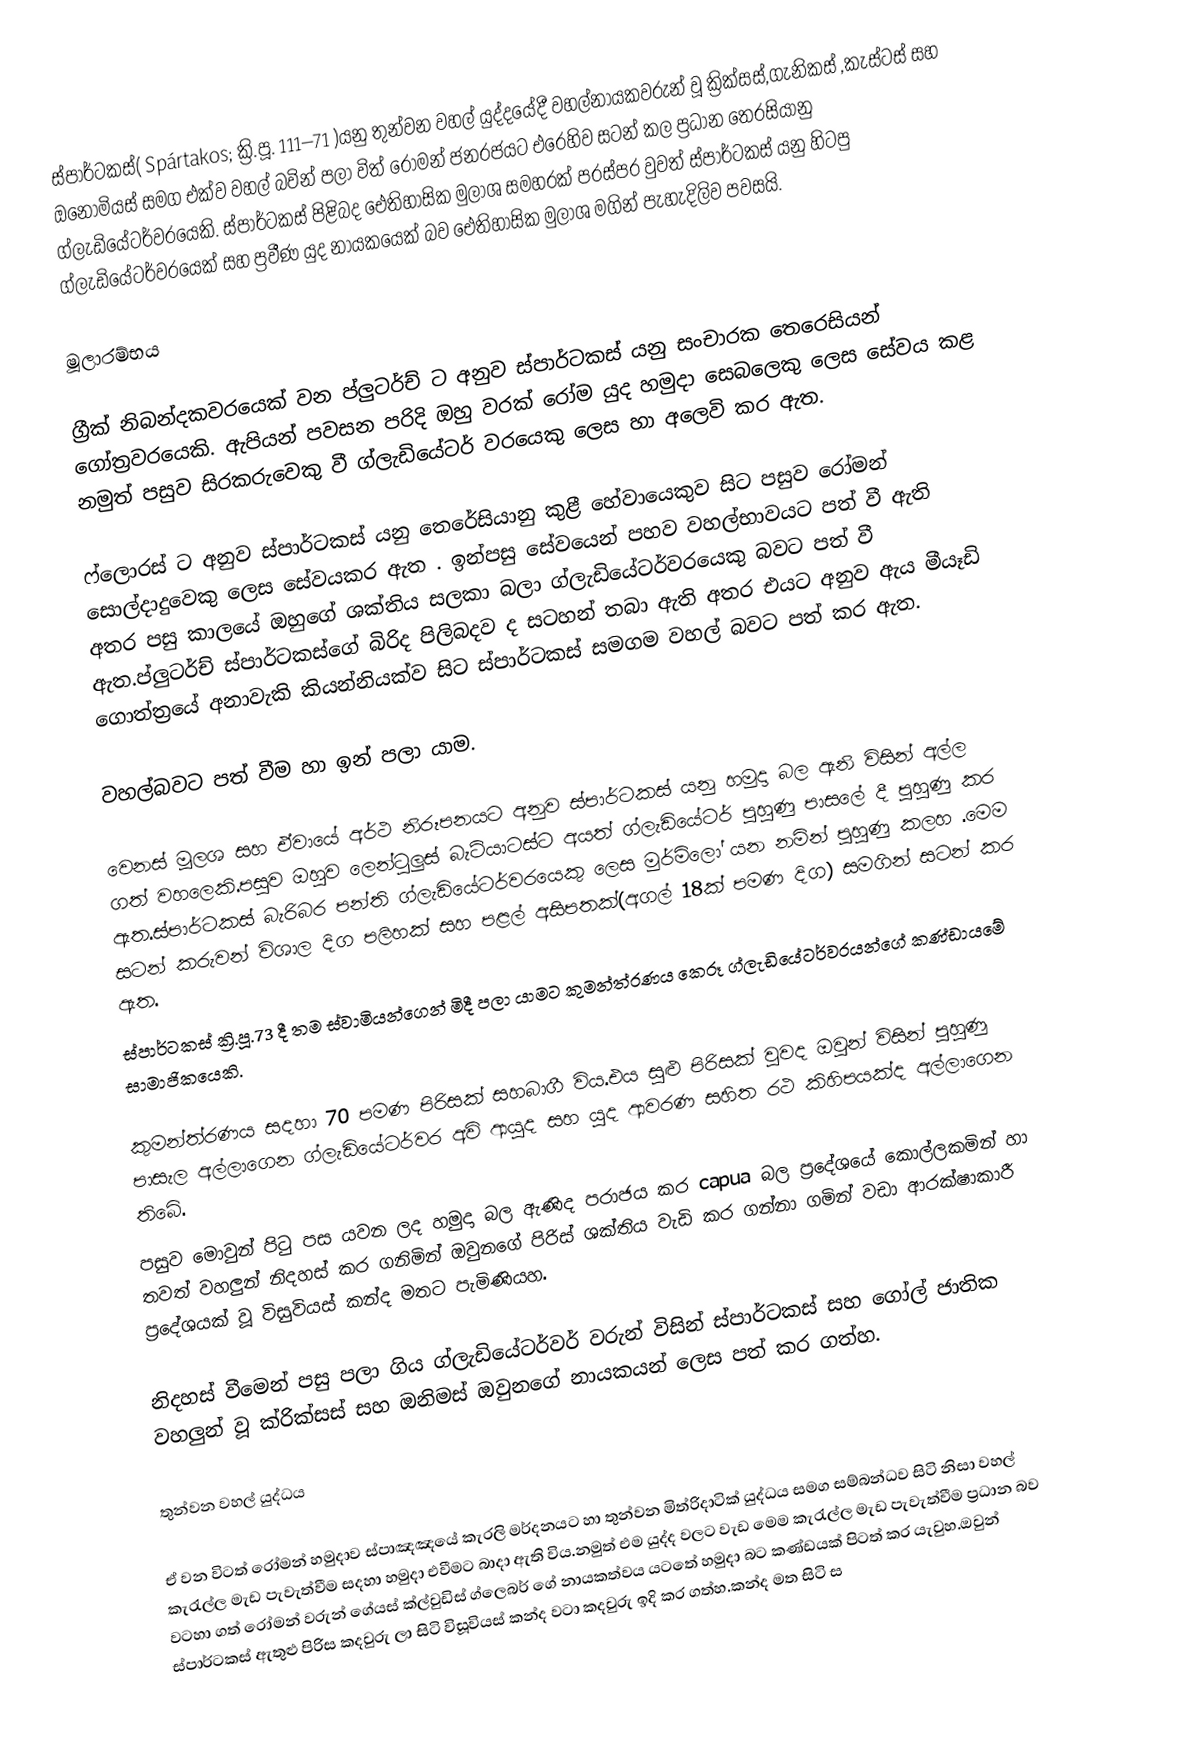
ස්පාර්ටකස්( Spártakos;   ක්‍රි.පූ. 111–71 )යනු  තුන්වන වහල් යුද්දයේදී  වහල්නායකවරුන් වූ ක්‍රික්සස්,ගැනිකස් ,කැස්ටස් සහ ඔනොමියස් සමග එක්ව වහල් බවින් පලා විත්  රෝමන් ජනරජයට එරෙහිව සටන් කල ප්‍රධාන තෙරසියානු ග්ලැඩියේටර්වරයෙකි. ස්පාර්ටකස් පිළිබද ඓතිහාසික මුලාශ සමහරක් පරස්පර වුවත් ස්පාර්ටකස් යනු හිටපු ග්ලැඩියේටර්වරයෙක් සහ ප්‍රවීණ යුද නායකයෙක් බව ඓතිහාසික මුලාශ මගින්  පැහැදිලිව පවසයි.

මූලාරම්භය

ග්‍රීක් නිබන්දකවරයෙක් වන ප්ලුටර්ච් ට අනුව ස්පාර්ටකස් යනු සංචාරක තෙරෙසියන් ගෝත්‍රවරයෙකි. ඇපියන් පවසන පරිදි ඔහු වරක් රෝම යුද හමුදා සෙබලෙකු ලෙස සේවය කළ නමුත් පසුව  සිරකරුවෙකු වී ග්ලැඩියේටර් වරයෙකු ලෙස හා අලෙවි කර ඇත. 

ෆ්ලොරස් ට අනුව ස්පාර්ටකස් යනු තෙරේසියානු කුළී හේවායෙකුව සිට පසුව රෝමන් සොල්දාදුවෙකු ලෙස සේවයකර ඇත . ඉන්පසු සේවයෙන් පහව වහල්භාවයට පත් වී ඇති අතර පසු කාලයේ ඔහුගේ ශක්තිය සලකා බලා ග්ලැඩියේටර්වරයෙකු බවට පත් වී ඇත.ප්ලුටර්ච් ස්පාර්ටකස්ගේ බිරිද පිලිබදව ද සටහන් තබා ඇති අතර එයට අනුව ඇය මීයෑඩි ගොත්ත්‍රයේ අනාවැකි කියන්නියක්ව සිට ස්පාර්ටකස් සමගම වහල් බවට පත් කර ඇත.

වහල්බවට පත් වීම හා ඉන් පලා යාම.

වෙනස් මූලශ සහ ඒවායේ අර්ථ නිරූපනයට අනුව ස්පාර්ටකස් යනු හමුදා බල ඇනි විසින් අල්ල ගත් වහලෙකි.පසුව ඔහුව ලෙන්ටුලුස් බැටියාටස්ට අයත් ග්ලැඩියේටර් පුහුණු පාසලේ දී පුහුණු කර ඇත.ස්පාර්ටකස් බැරිබර පන්ති  ග්ලැඩියේටර්වරයෙකු ලෙස මුර්මිලෝ යන නමින් පුහුණු කලහ .මෙම සටන් කරුවන් විශාල දිග පලිහක් සහ පළල් අසිපතක්(අගල් 18ක් පමණ දිග) සමගින් සටන් කර ඇත.
ස්පාර්ටකස්  ක්‍රි.පූ.73 දී  තම ස්වාමියන්ගෙන් මිදී පලා යාමට කුමන්ත්රණය කෙරූ ග්ලැඩියේටර්වරයන්ගේ කණ්ඩායමේ සාමාජිකයෙකි.

කුමන්ත්රණය සදහා 70 පමණ පිරිසක් සහබාගී විය.එය සුළු පිරිසක් වුවද ඔවුන් විසින් පුහුණු පාසැල අල්ලාගෙන ග්ලැඩියේටර්වර අවි ආයුද සහ යුද ආවරණ සහිත රථ කිහිපයක්ද අල්ලාගෙන තිබේ.
පසුව මොවුන් පිටු පස යවන ලද හමුදා බල ඇණිද පරාජය කර capua බල ප්‍රදේශයේ කොල්ලකමින් හා තවත් වහලුන් නිදහස් කර ගනිමින් ඔවුනගේ පිරිස් ශක්තිය වැඩි කර ගන්නා ගමින් වඩා ආරක්ෂාකාරී ප්‍රදේශයක් වූ විසුවියස් කන්ද මතට පැමිණියහ. 

නිදහස් වීමෙන් පසු පලා ගිය ග්ලැඩියේටර්වර් වරුන් විසින් ස්පාර්ටකස් සහ ගෝල් ජාතික වහලුන් වූ ක්රික්සස් සහ ඔනිමස් ඔවුනගේ නායකයන් ලෙස පත් කර ගත්හ.

තුන්වන වහල් යුද්ධය

ඒ වන විටත් රෝමන් හමුදාව ස්පාඤඤයේ කැරලි මර්දනයට හා තුන්වන මිත්රිදාටික් යුද්ධය සමග සම්බන්ධව සිටි නිසා වහල් කැරැල්ල මැඩ පැවැත්වීම සදහා හමුදා එවීමට බාදා ඇති විය.නමුත් එම යුද්ද වලට වැඩ මෙම කැරැල්ල මැඩ පැවැත්වීම ප්‍රධාන බව වටහා ගත් රෝමන් වරුන් ගේයස් ක්ල්වුඩිස් ග්ලෙබර් ගේ නායකත්වය යටතේ හමුදා බට කණ්ඩයක් පිටත් කර යැවුහ.ඔවුන් ස්පාර්ටකස් ඇතුළු පිරිස කදවුරු ලා සිටි විසූවියස් කන්ද වටා කදවුරු ඉදි කර ගත්හ.කන්ද මත සිටි ස